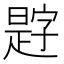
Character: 𪰿